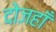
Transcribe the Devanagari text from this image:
दोजहाँ